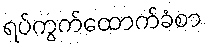
ရပ်ကွက်ထောက်ခံစာ